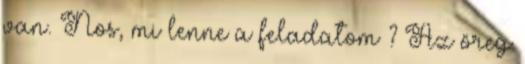
van. Nos, mi lenne a feladatom ? Az öreg